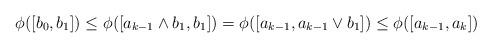
LaTeX: \begin{align*}\phi([b_0,b_1])\leq \phi([a_{k-1}\wedge b_1,b_1])=\phi([a_{k-1},a_{k-1}\vee b_1])\leq \phi([a_{k-1},a_k])\end{align*}